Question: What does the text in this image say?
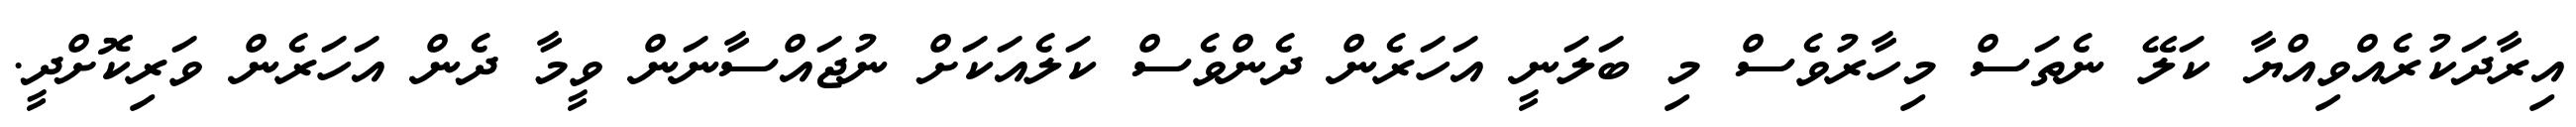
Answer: އިރާދަކުރެއްވިއްޔާ ކަލޭ ނެތަސް މިހާރުވެސް މި ބަލަނީ އަހަރެން ދެންވެސް ކަލެއަކަށް ނުޖައްސާނަން ވީމާ ދެން އަހަރެން ވަރިކޮށްދީ.